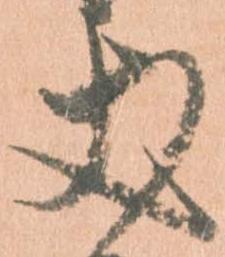
丈